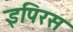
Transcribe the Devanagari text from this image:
इपिरस